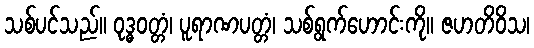
သစ်ပင်သည်။ ဝုဒ္ဓဝတ္တံ၊ ပူရာဏပတ္တံ၊ သစ်ရွက်ဟောင်းကို။ ဇဟတိဝိသ၊